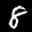
Label: 8